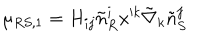
\mu _ { R S , 1 } = H _ { i j } \tilde { n } _ { R } ^ { i } x ^ { k } \tilde { \nabla } _ { k } \tilde { n } _ { S } ^ { j }